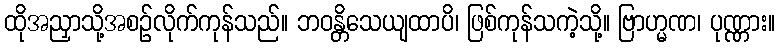
ထိုအညှာသို့အစဉ်လိုက်ကုန်သည်။ ဘဝန္တိသေယျထာပိ၊ ဖြစ်ကုန်သကဲ့သို့။ ဗြာဟ္မဏ၊ ပုဏ္ဏား။